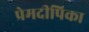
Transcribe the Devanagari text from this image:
प्रेमदीपिका